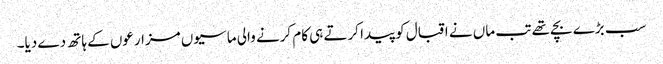
سب بڑے بچے تھے تب ماں نے اقبال کو پیدا کرتے ہی کام کرنے والی ماسیوں مزارعوں کے ہاتھ دے دیا۔